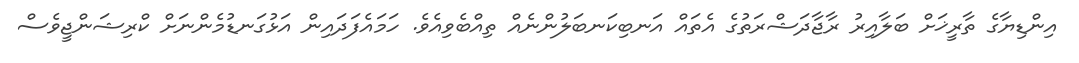
އިންޑިޔާގެ ތާރީޚަށް ބަލާއިރު ރާޖާދަޝްރަތުގެ އެތައް އަނބިކަނބަލުންނެއް ތިއްބެވިއެވެ. ހަމައެފަދައިން އަޅުގަނޑުމެންނަށް ކްރިޝަންޖީވެސް